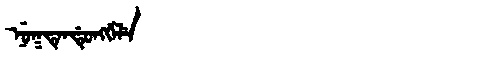
Manchu: ᠨᡠᡴᡨᡝᠨᡩᡠᠩᡤᡝᠯᡝ
Romanization: NUKTENDUNGGELE